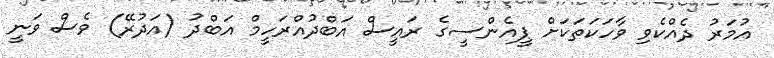
އުމަރު ދެއްކެވި ވާހަކަަތަކަށް ޕީއެންސީގެ ރައީސް އަބްދުއްރަހީމް އަބްދު (އަދުރޭ) ވެސް ވަނީ